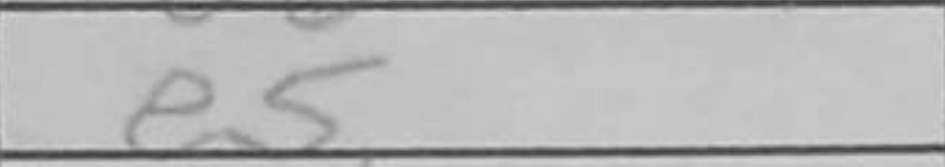
Transcription: e5